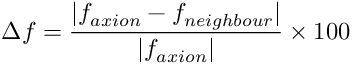
\Delta f = \frac { | f _ { a x i o n } - f _ { n e i g h b o u r } | } { | f _ { a x i o n } | } \times 1 0 0